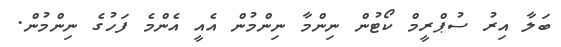
ބަލާ އިރު ސުޕްރީމް ކޯޓުން ނިންމާ ނިންމުން އެއީ އެންމެ ފަހުގެ ނިންމުން.